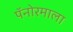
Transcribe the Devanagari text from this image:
पॅनोरमाला